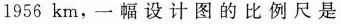
1956km，一幅设计图的比例尺是